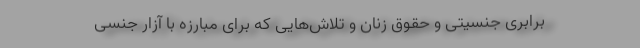
برابری جنسیتی و حقوق زنان و تلاش‌هایی که برای مبارزه با آزار جنسی